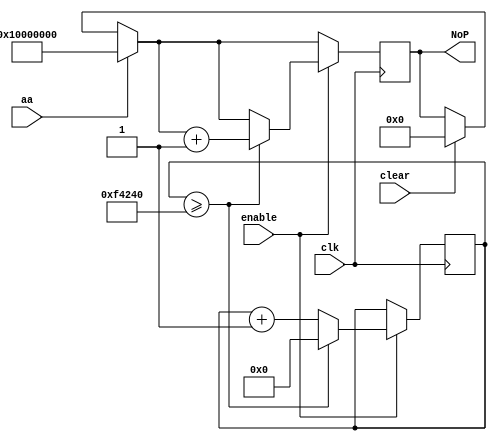
`timescale 1ns / 1ps
//////////////////////////////////////////////////////////////////////////////////
// Company: 
// Engineer: 
// 
// Design Name: 
// Module Name: counterDisplay
// Project Name: 
// Target Devices: 
// Tool Versions: 
// Description: 
// 
// Dependencies: 
// 
// Revision:
// Revision 0.01 - File Created
// Additional Comments:
// 
//////////////////////////////////////////////////////////////////////////////////


module counterDisplay(
    input clk,
    input enable,
    input clear,
    input aa,
    output [31:0] NoP
    );
    
	reg [23:0]clkdiv = 24'd0;
    
    reg [31:0] NoPbuf;
    
    assign NoP = NoPbuf;
    
    initial NoPbuf <= 0;
    
    always @ (posedge clk) begin
       if (clear)
            NoPbuf = 32'h0;
        
       if (aa)
            NoPbuf = 32'h10000000;
              
       if (enable) begin
            
            clkdiv <= clkdiv +1'd1;
            if (clkdiv >= 1000000) begin
                clkdiv <= 0;
                NoPbuf <= NoPbuf +1;
            end
        
        end
    end
endmodule